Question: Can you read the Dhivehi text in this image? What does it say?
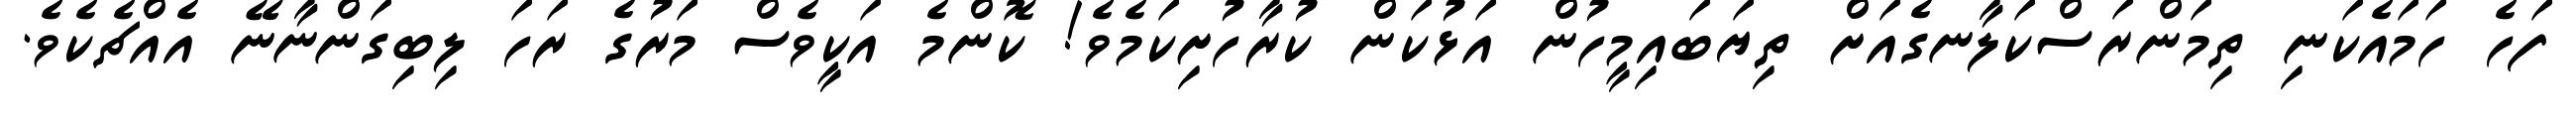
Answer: ފަހެ ހަމައެކަނި ތިމަންރަސްކަލާނގެއަށް ތިޔަބައިމީހުން އަޅުކަން ކުރާހުށިކަމެވެ! ކޮންމެ އަކީވެސް މަރުގެ ރަހަ ލިބިގަންނާނޭ އެއްޗެކެވެ.